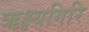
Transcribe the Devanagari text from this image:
ऋक्ष्यगिरि